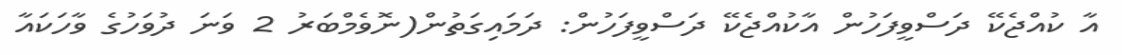
އާ ކުއްޖެކޭ ދަސްވީފަހުން އާކުއްޖެކޭ ދަސްވީފަހުން: ދަމައިގަތުން(ނޮވެމްބަރު 2 ވަނަ ދުވަހުގެ ވާހަކައާ